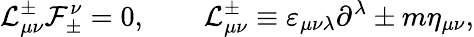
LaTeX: {\cal L}_{\mu\nu}^{\pm}{\cal F}_{\pm}^{\nu}=0,\qquad{\cal L}_{\mu\nu}^{\pm}\equiv\varepsilon_{\mu\nu\lambda}\partial^{\lambda}\pm m\eta_{\mu\nu},